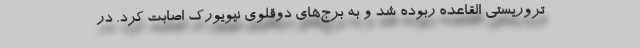
تروریستی القاعده ربوده شد و به برج‌های دوقلوی نیویورک اصابت کرد. در